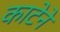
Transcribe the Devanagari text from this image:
काटेने